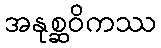
အနုစ္ဆဝိကဿ